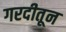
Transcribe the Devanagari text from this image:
गरदीतून